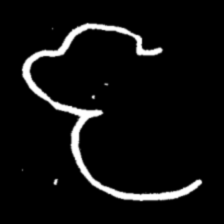
Pyu character \u2014 Myanmar letter: ဇ (romanized: ja)